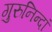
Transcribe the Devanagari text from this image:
गुरुनिन्दां